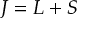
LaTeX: { \boldsymbol { J } } = { \boldsymbol { L } } + { \boldsymbol { S } }